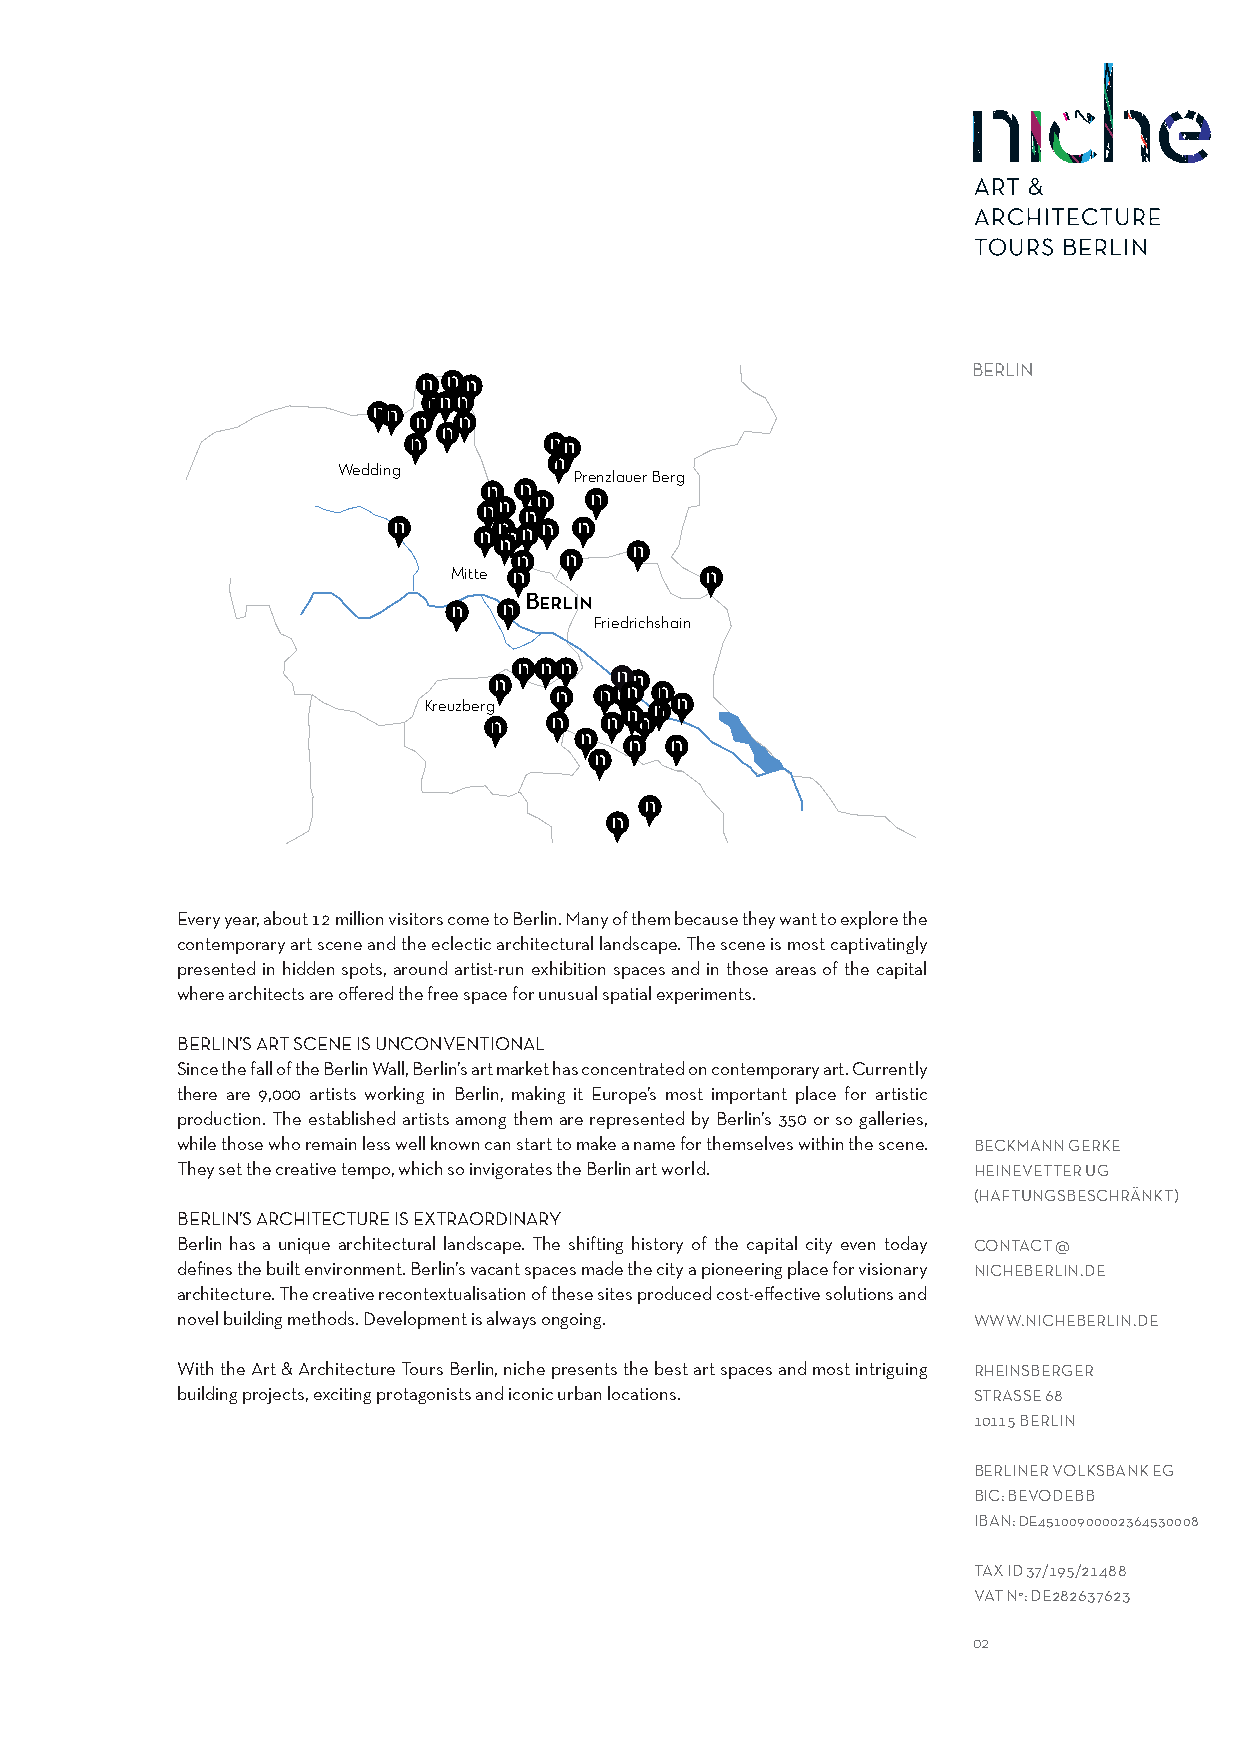
BERLIN
 Wedding
 Prenzlauer Berg
 Mitte
 Berlin
 Friedrichshain
 Kreuzberg
 Every year, about 12 million visitors come to Berlin. Many of them because they want to explore the
 contemporary art scene and the eclectic architectural landscape. The scene is most captivatingly
 presented in hidden spots, around artist-run exhibition spaces and in those areas of the capital
 where architects are offered the free space for unusual spatial experiments.
 BERLIN’S ART SCENE IS UNCONVENTIONAL
 Since the fall of the Berlin Wall, Berlin’s art market has concentrated on contemporary art. Currently
 there are 9,000 artists working in Berlin, making it Europe’s most important place for artistic
 production. The established artists among them are represented by Berlin’s 350 or so galleries,
 while those who remain less well known can start to make a name for themselves within the scene. BECKMANN GERKE
 They set the creative tempo, which so invigorates the Berlin art world. HEINEVETTER UG
 (HAFTUNGSBESCHRÄNKT)
 BERLIN’S ARCHITECTURE IS EXTRAORDINARY
 Berlin has a unique architectural landscape. The shifting history of the capital city even today CONTACT @
 defines the built environment. Berlin’s vacant spaces made the city a pioneering place for visionary NICHEBERLIN.DE
 architecture. The creative recontextualisation of these sites produced cost-effective solutions and
 novel building methods. Development is always ongoing. WWW.NICHEBERLIN.DE
 With the Art & Architecture Tours Berlin, niche presents the best art spaces and most intriguing RHEINSBERGER
 building projects, exciting protagonists and iconic urban locations. STRASSE 68
 10115 BERLIN
 BERLINER VOLKSBANK EG
 BIC: BEVODEBB
 IBAN: DE45100900002364530008
 TAX ID 37/195/21488
 VAT N°: DE282637623
 02